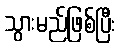
သွားမည်ဖြစ်ပြီး